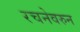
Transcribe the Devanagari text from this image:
रचनेवरुन